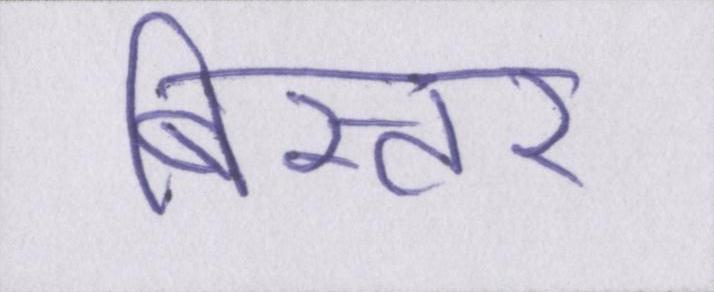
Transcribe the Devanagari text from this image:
बिस्तर